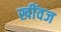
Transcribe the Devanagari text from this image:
खींवज